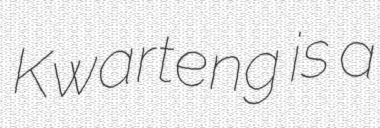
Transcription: Kwarteng is a